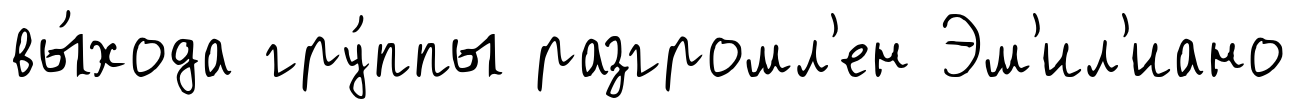
вы́хода гру́ппы разгромл'ен Эм'ил'иано